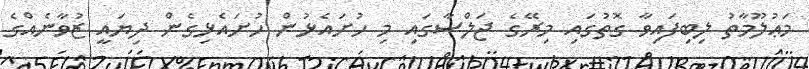
މަޢުލޫމާތު ލިބިފައިވާ ގޮތުގައި މިރޭގެ ޖަލްސާގައި މި ހުށައެޅުން ހުށައެޅިގެން ދިޔައީ ޒުވާނެއްގެ